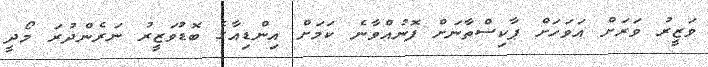
ވަޒީރު ވަރަށް އަވަހަށް ޕާކިސްތާނަށް ފޮނުއްވާނެ ކަމަށް އިންޑިއާގެ ބޮޑުވަޒީރު ނަރެންދުރަ މޯދީ